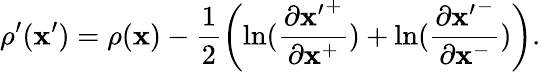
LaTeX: \rho^{\prime}(\mathbf{x}^{\prime})=\rho(\mathbf{x})-\frac{{1}}{{2}}\left(\ln(\frac{{\partial{\mathbf{x}^{\prime}}^{+}}}{{\partial\mathbf{x}^{+}}})+\ln(\frac{{\partial{\mathbf{x}^{\prime}}^{-}}}{{\partial\mathbf{x}^{-}}})\right).